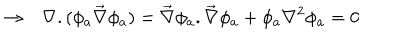
\rightarrow \ \ \ \nabla . ( \phi _ { a } \vec { \nabla } \phi _ { a } ) = \vec { \nabla } \phi _ { a } . \vec { \nabla } \phi _ { a } + \phi _ { a } \nabla ^ { 2 } \phi _ { a } = 0